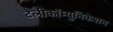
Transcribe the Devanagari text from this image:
टेलीकॉम्युनिकेशन